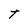
Character: t